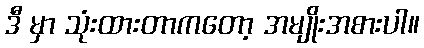
ဒီ မှာ သုံးထားတာကတော့ အမျိုးအစားပါ။